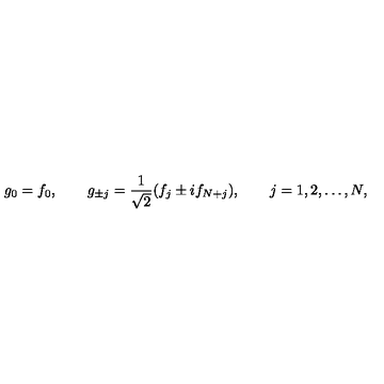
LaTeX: g _ { 0 } = f _ { 0 } , \qquad g _ { \pm j } = \frac { 1 } { \sqrt { 2 } } ( f _ { j } \pm i f _ { N + j } ) , \qquad j = 1 , 2 , \ldots , N ,